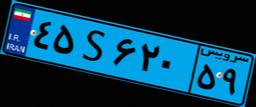
۸۲S۹۵۲۱۱